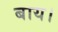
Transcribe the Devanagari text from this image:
बाय।